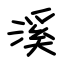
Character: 溪